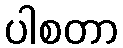
ပါစတာ